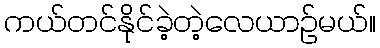
ကယ်တင်နိုင်ခဲ့တဲ့လေယာဉ်မယ်။